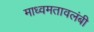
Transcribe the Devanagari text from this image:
माध्वमतावलंबी